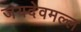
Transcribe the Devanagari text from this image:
जयदेवमल्ल